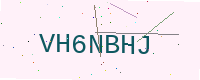
Text: VH6NBHJ